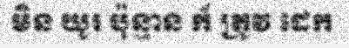
មិន យូរ ប៉ុន្មាន ក៏ ត្រូវ ដេក